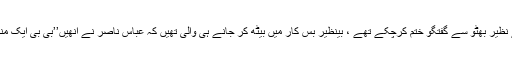
ایک دن میں ، عباس ناصر اور چند رپورٹرز بے نظیر بھٹو سے گفتگو ختم کرچکے تھے ، بینظیر بس کار میں بیٹھ کر جانے ہی والی تھیں کہ عباس ناصر نے انھیں’’بی بی ایک منٹ ‘‘ کا کہہ کرروک لیا اور آگے بڑھ کر پوچھا ۔